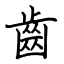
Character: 齒